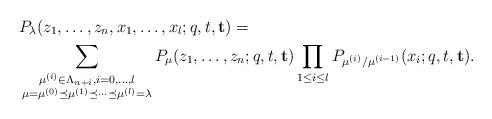
LaTeX: \begin{align*}&P_\lambda (z_1,\ldots ,z_n,x_1,\ldots, x_l ; q ,t ,\mathbf{t})= \\&\sum_{\substack{\mu^{(i)}\in\Lambda_{n+i}, i=0,\ldots ,l\\ \mu=\mu^{(0)} \preceq \mu^{(1)}\preceq \cdots \preceq \mu^{(l)}=\lambda}} P_\mu (z_1,\ldots ,z_n ; q ,t ,\mathbf{t})\prod_{1\leq i\leq l} P_{\mu^{(i)}/\mu^{(i-1)}}(x_i; q ,t ,\mathbf{t}). \end{align*}